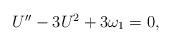
LaTeX: \begin{align*} \begin{array}{l}U''-3U^2+3\omega_1=0,\end{array} \end{align*}